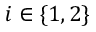
i \in \{ 1 , 2 \}